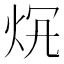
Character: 𤇛